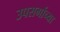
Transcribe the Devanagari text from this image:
उपसर्गाच्या